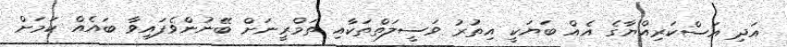
އަދި އަސްކަރިއްޔާގެ އެއް ބަޔަކީ އިތުރު ވަސީލަތްތަކާއި ތަމްރީނަށް ބޭނުންވެފައިވާ ބައެއް ކަމަށް